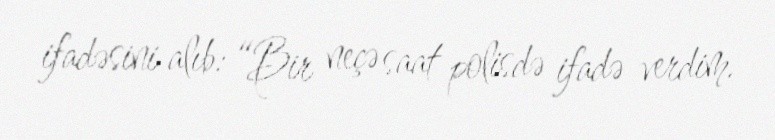
ifadəsini alıb: “Bir neçə saat polisdə ifadə verdim.